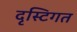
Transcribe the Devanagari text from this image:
दृस्टिगत